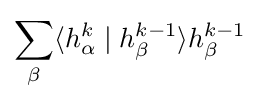
\sum _{\beta }\langle h_{\alpha }^{k}\mid h_{\beta }^{k-1}\rangle h_{\beta }^{k-1}